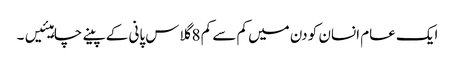
ایک عام انسان کو دن میں کم سے کم 8 گلاس پانی کے پینے چاہیئیں۔